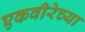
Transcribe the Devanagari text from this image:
एकवीरेच्या